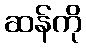
ဆန်ကို